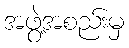
အဖွဲ့အစည်းမှ